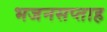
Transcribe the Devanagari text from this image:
भजनसप्‍ताह